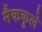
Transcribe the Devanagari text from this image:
मैककुले